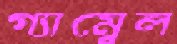
গ্যাম্বেল